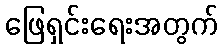
ဖြေရှင်းရေးအတွက်